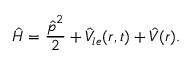
\hat { H } = \frac { \boldsymbol { \hat { p } } ^ { 2 } } { 2 } + \hat { V } _ { l e } ( \boldsymbol { r } , t ) + \hat { V } ( \boldsymbol { r } ) .